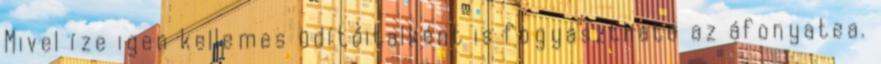
Mivel íze igen kellemes üdítőitalként is fogyasztható az áfonyatea.